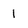
Character: 1